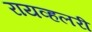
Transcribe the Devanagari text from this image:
रायव्हलरी